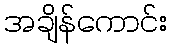
အချိန်ကောင်း